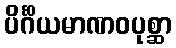
ပိင်္ဂိယမာဏဝပုစ္ဆာ